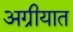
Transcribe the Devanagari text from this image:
अग्रीयात